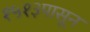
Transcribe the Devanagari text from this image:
१५१३पासून